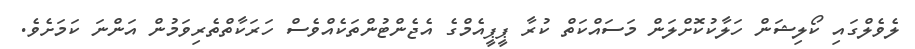
ލެވެލްގައި ކޯލިޝަން ހަލާކުކޮށްލަން މަސައްކަތް ކުރާ ޕީޕީއެމްގެ އެޖެންޓުންތަކެއްވެސް ހަރަކާތްތެރިވަމުން އަންނަ ކަމަށެވެ.